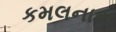
કમલનાથ